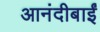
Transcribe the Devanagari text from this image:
आनंदीबाईं